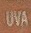
UVA